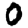
Digit: 0